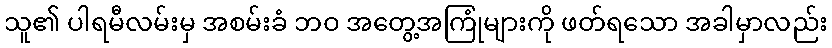
သူ၏ ပါရမီလမ်းမှ အစမ်းခံ ဘဝ အတွေ့အကြုံများကို ဖတ်ရသော အခါမှာလည်း